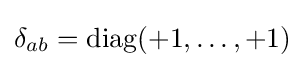
\delta _{ab}={\rm {diag}}(+1,\ldots ,+1)